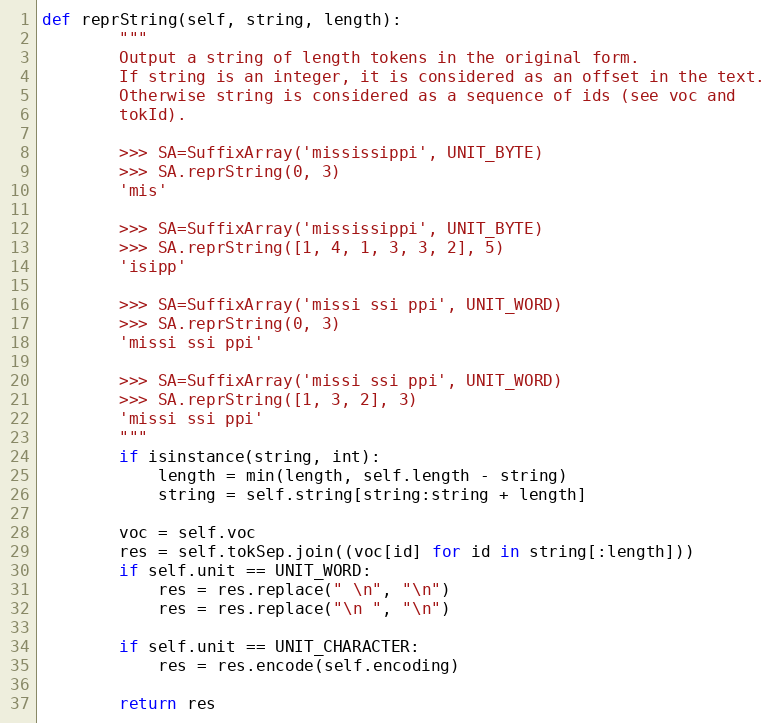
Language: Python
def reprString(self, string, length):
        """
        Output a string of length tokens in the original form.
        If string is an integer, it is considered as an offset in the text.
        Otherwise string is considered as a sequence of ids (see voc and
        tokId).

        >>> SA=SuffixArray('mississippi', UNIT_BYTE)
        >>> SA.reprString(0, 3)
        'mis'

        >>> SA=SuffixArray('mississippi', UNIT_BYTE)
        >>> SA.reprString([1, 4, 1, 3, 3, 2], 5)
        'isipp'

        >>> SA=SuffixArray('missi ssi ppi', UNIT_WORD)
        >>> SA.reprString(0, 3)
        'missi ssi ppi'

        >>> SA=SuffixArray('missi ssi ppi', UNIT_WORD)
        >>> SA.reprString([1, 3, 2], 3)
        'missi ssi ppi'
        """
        if isinstance(string, int):
            length = min(length, self.length - string)
            string = self.string[string:string + length]

        voc = self.voc
        res = self.tokSep.join((voc[id] for id in string[:length]))
        if self.unit == UNIT_WORD:
            res = res.replace(" \n", "\n")
            res = res.replace("\n ", "\n")

        if self.unit == UNIT_CHARACTER:
            res = res.encode(self.encoding)

        return res